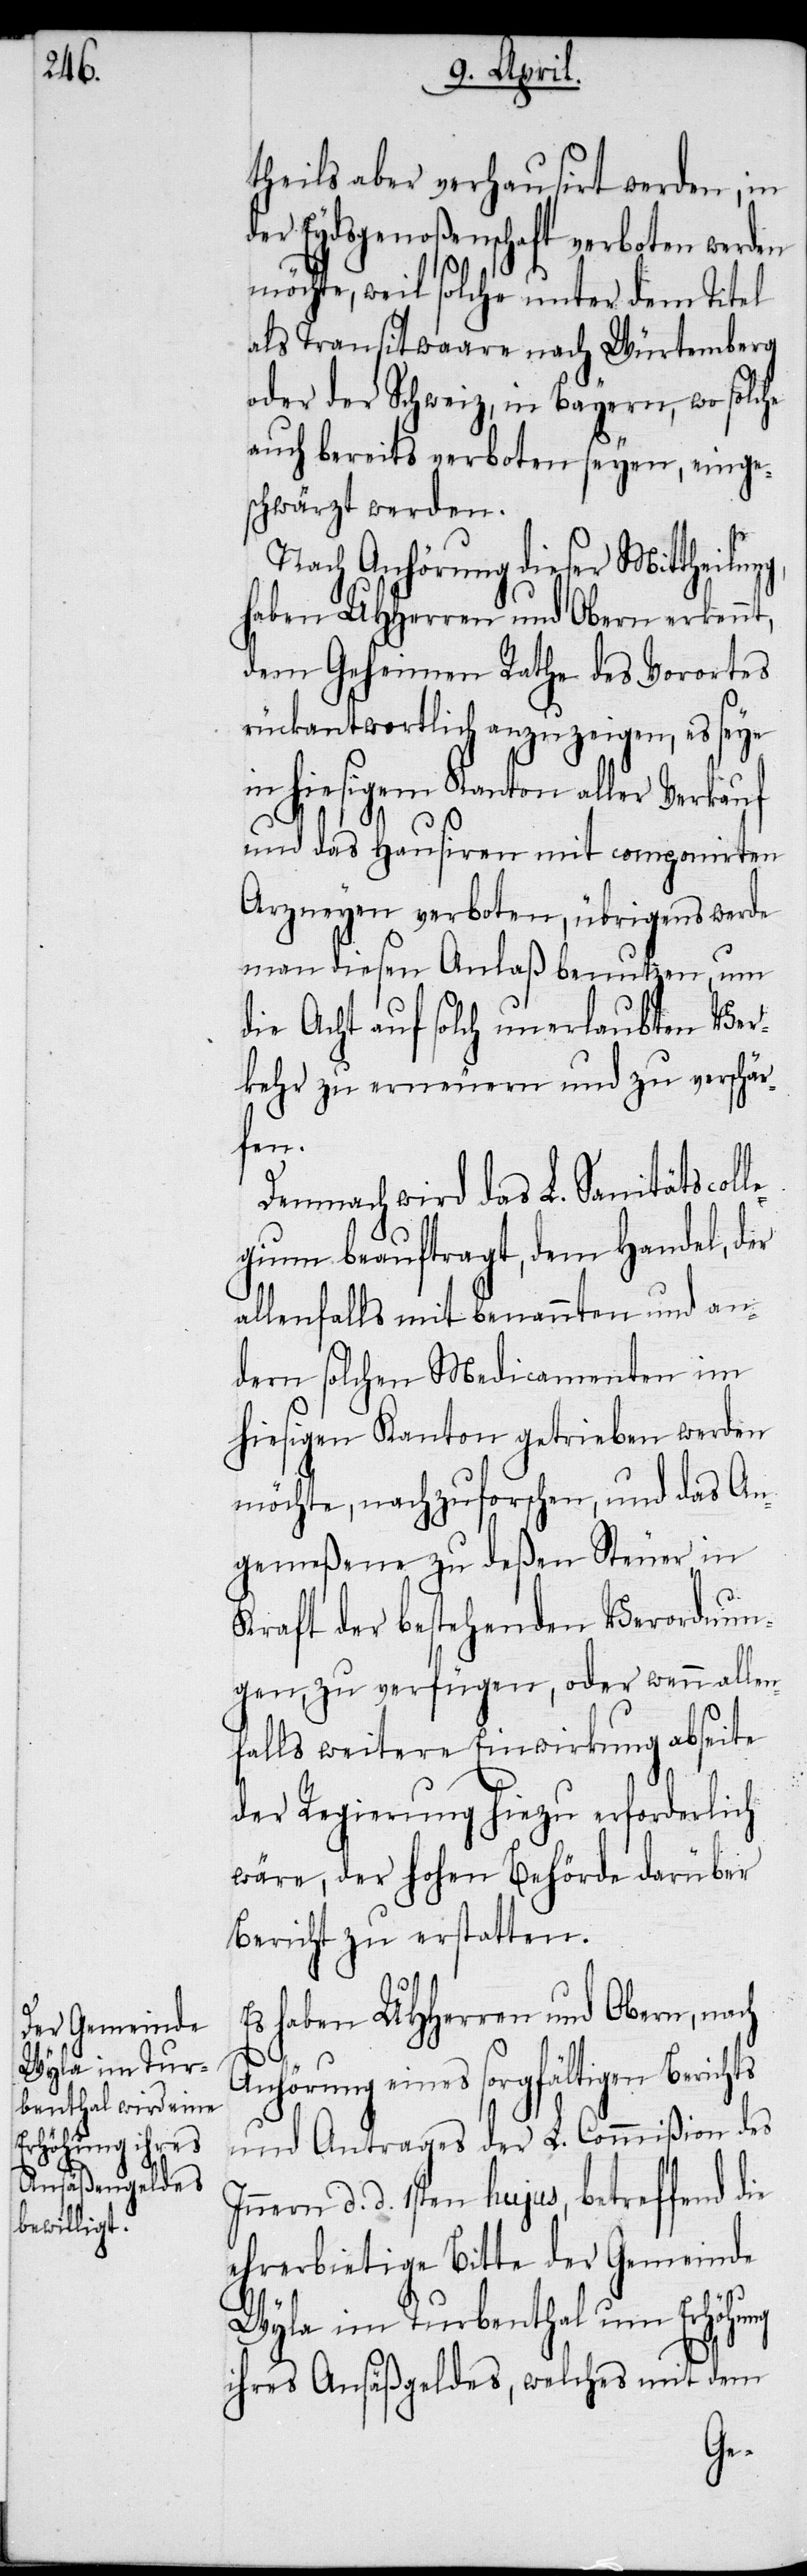
theils aber verhausirt werden, in
der Eydsgenoßenschaft verboten werden
möchte, weil solche unter dem Titel
als Transitwaare nach Würtemberg
oder der Schweiz, in Bayern, wo solche
auch bereits verboten seyen, einge¬
schwärzt werden.
Nach Anhörung dieser Mittheilung,
haben UHHerren und Obern erkennt,
dem Geheimen Rathe des Vorortes
rückantwortlich anzuzeigen, es seye
in hiesigem Kanton aller Verkauf
und das Hausiren mit componirten
Arzneyen verboten, übrigens werde
man diesen Anlaß benutzen, um
die Acht auf solch unerlaubten Ver¬
kehr zu erneuern und zu verschär¬
fen.
Demnach wird das L. Sanitätscoll¬
egium beauftragt, dem Handel, der
allenfalls mit benannten und an¬
dern solchen Medicamenten im
hiesigen Kanton getrieben werden
möchte, nachzuforschen, und das An¬
gemeßene zu deßen Steuer, in
Kraft der bestehenden Verordnun¬
gen, zu verfügen, oder wenn allen¬
falls weitere Einwirkung abseite
der Regierung hiezu erforderlich
wäre, der hohen Behörde darüber
Bericht zu erstatten.
Es haben UHHerren und Obern, nach
Anhörung eines sorgfältigen Berich¬
und Antrages der L. Commißion des
nern d. d. 1sten hujus, betreffend die
ehrerbietige Bitte der Gemeinde
Wyla im Turbenthal um Erhöhung
ihres Ansäßgeldes, welches mit dem
In¬